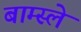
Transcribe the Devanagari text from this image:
बाम्स्ले